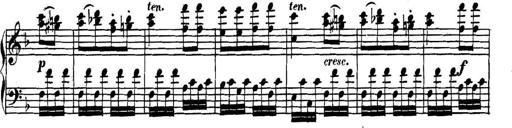
Title: Collected Piano Sonatas
Composer: Muzio Clementi